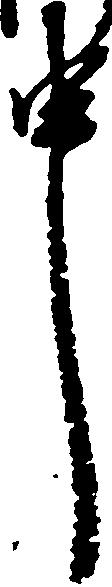
中